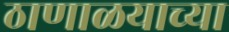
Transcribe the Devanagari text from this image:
ठाणाळयाच्या